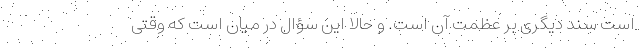
است سند دیگری بر عظمت آن است. و حالا این سؤال در میان است که وقتی